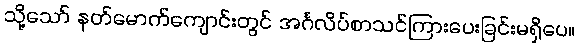
သို့သော် နတ်မောက်ကျောင်းတွင် အင်္ဂလိပ်စာသင်ကြားပေးခြင်းမရှိပေ။